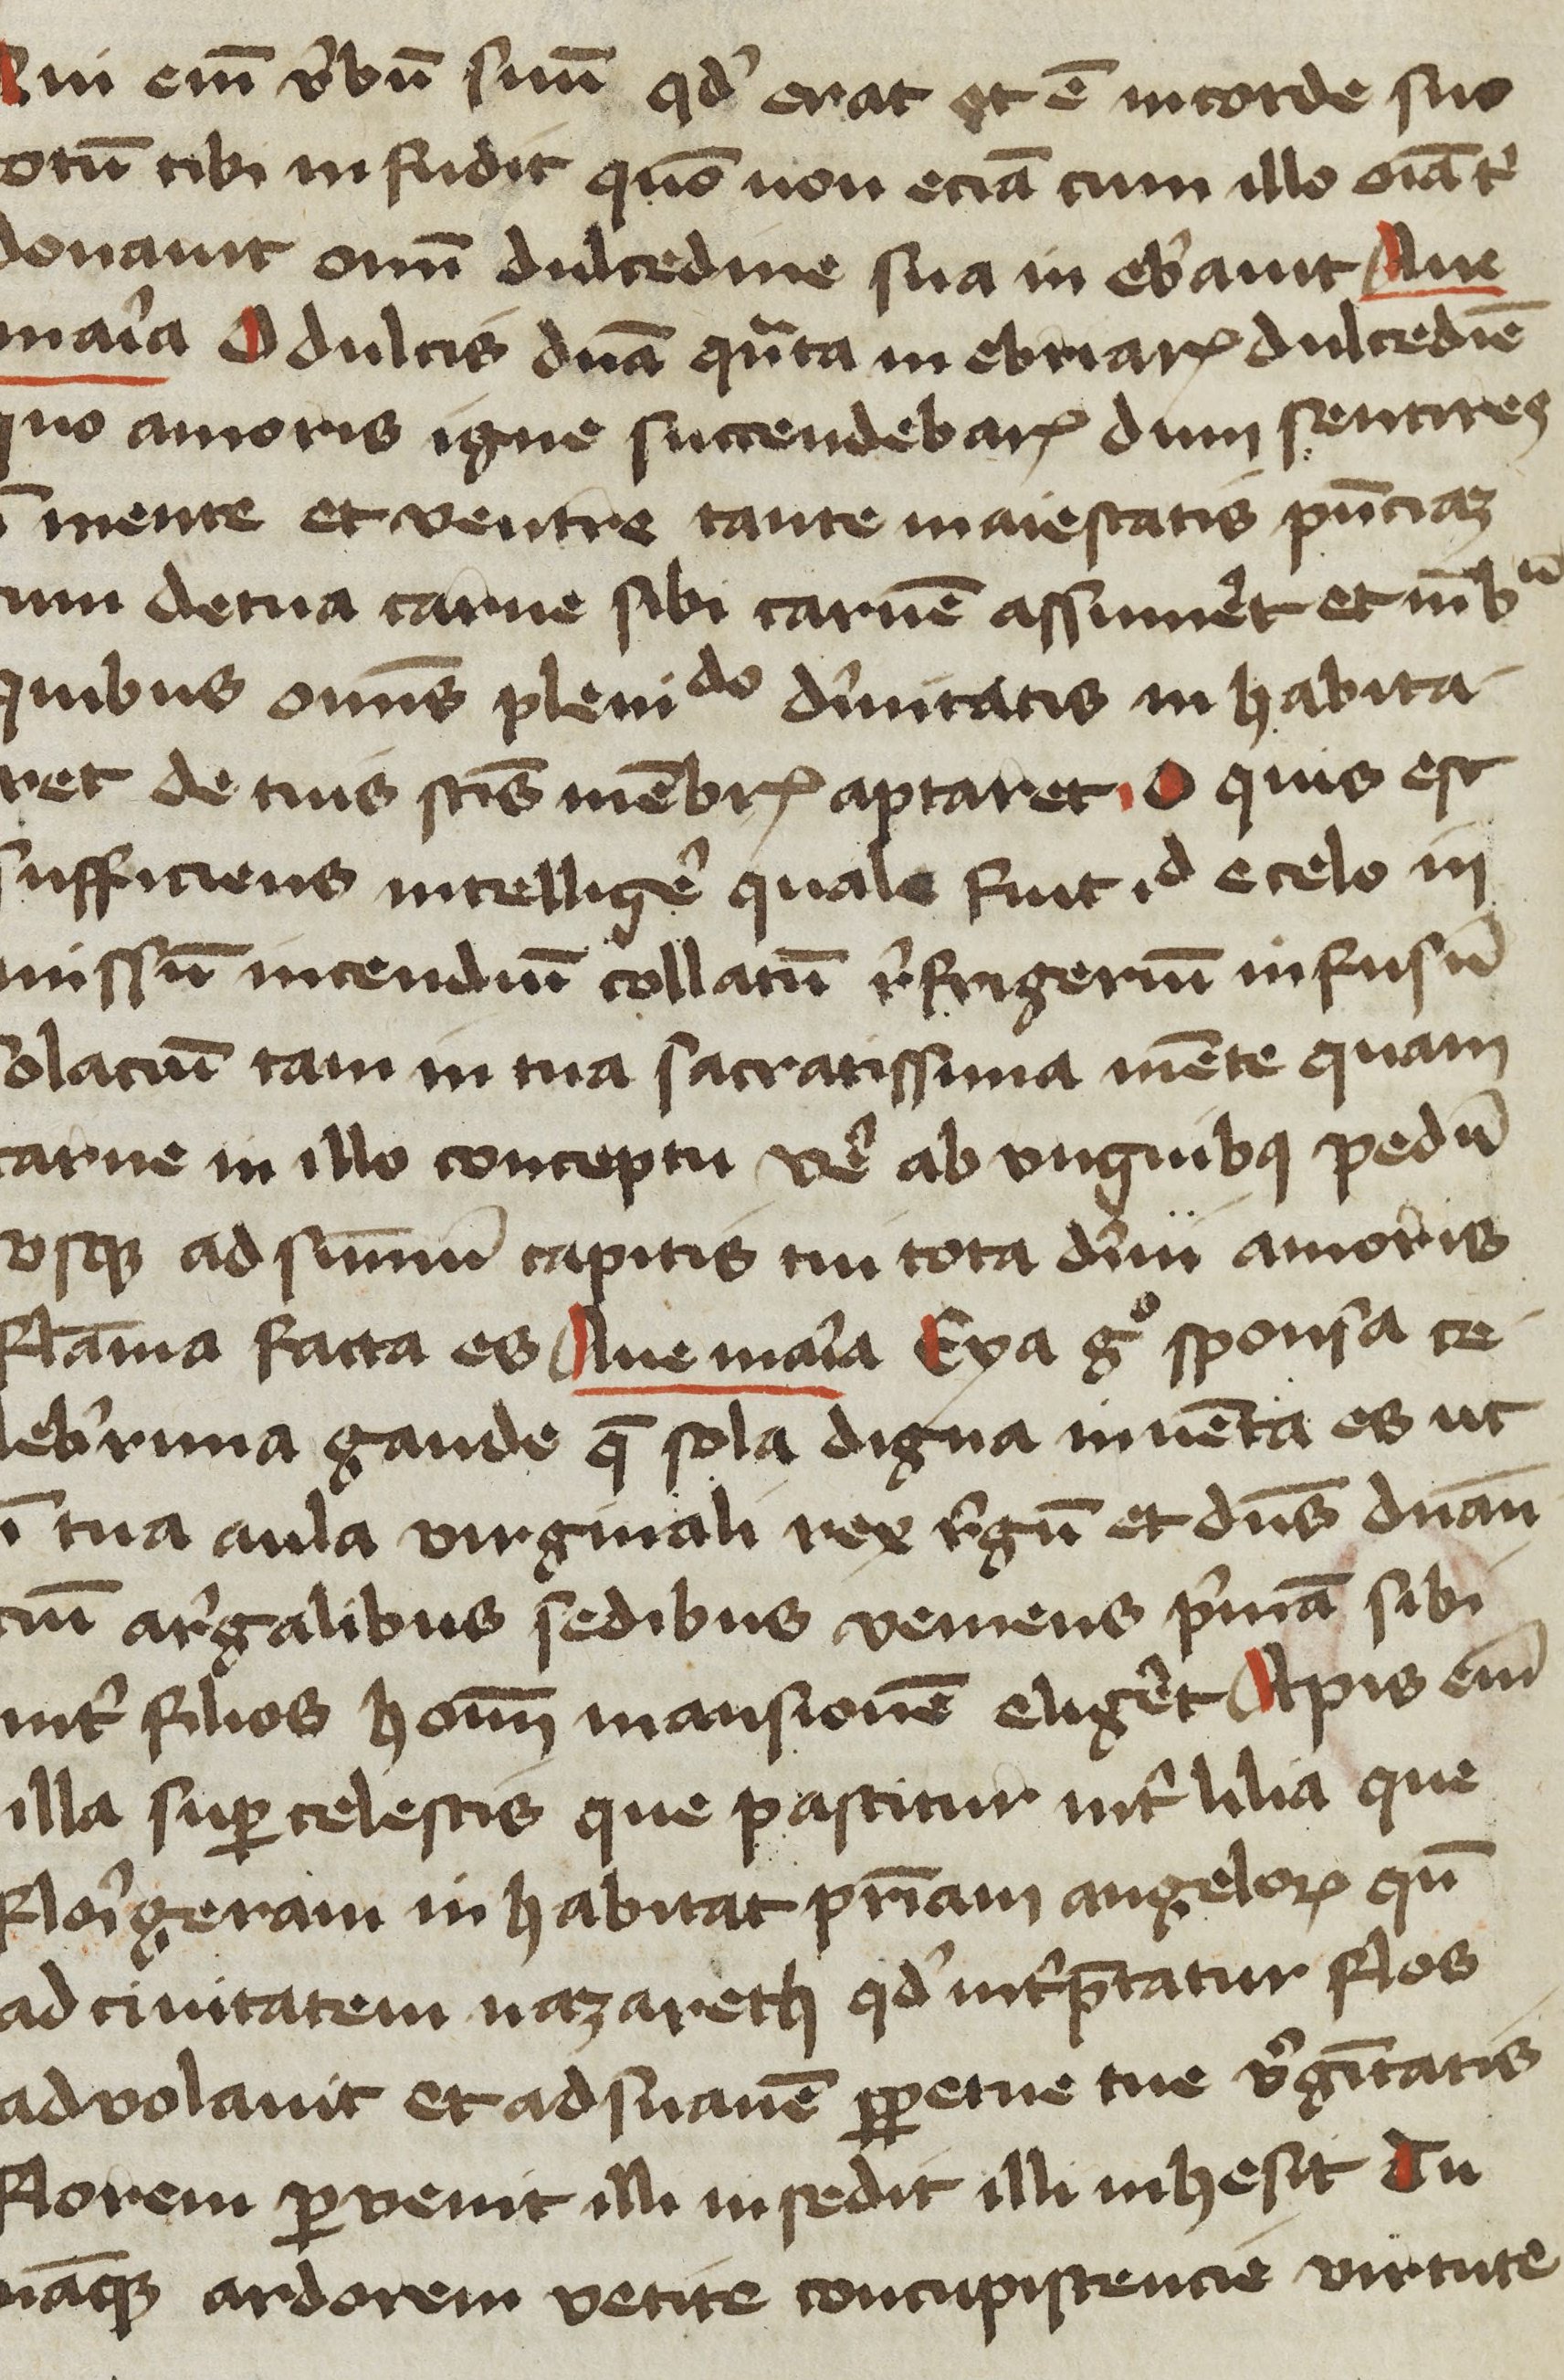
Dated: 1400–1449